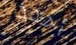
أحدد